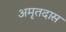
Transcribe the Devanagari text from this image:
अमृतदास